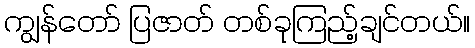
ကျွန်တော် ပြဇာတ် တစ်ခုကြည့်ချင်တယ်။